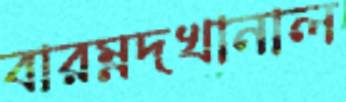
বারম্নদখানাল